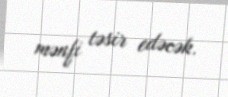
mənfi təsir edəcək.